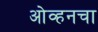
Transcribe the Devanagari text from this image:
ओव्हनचा